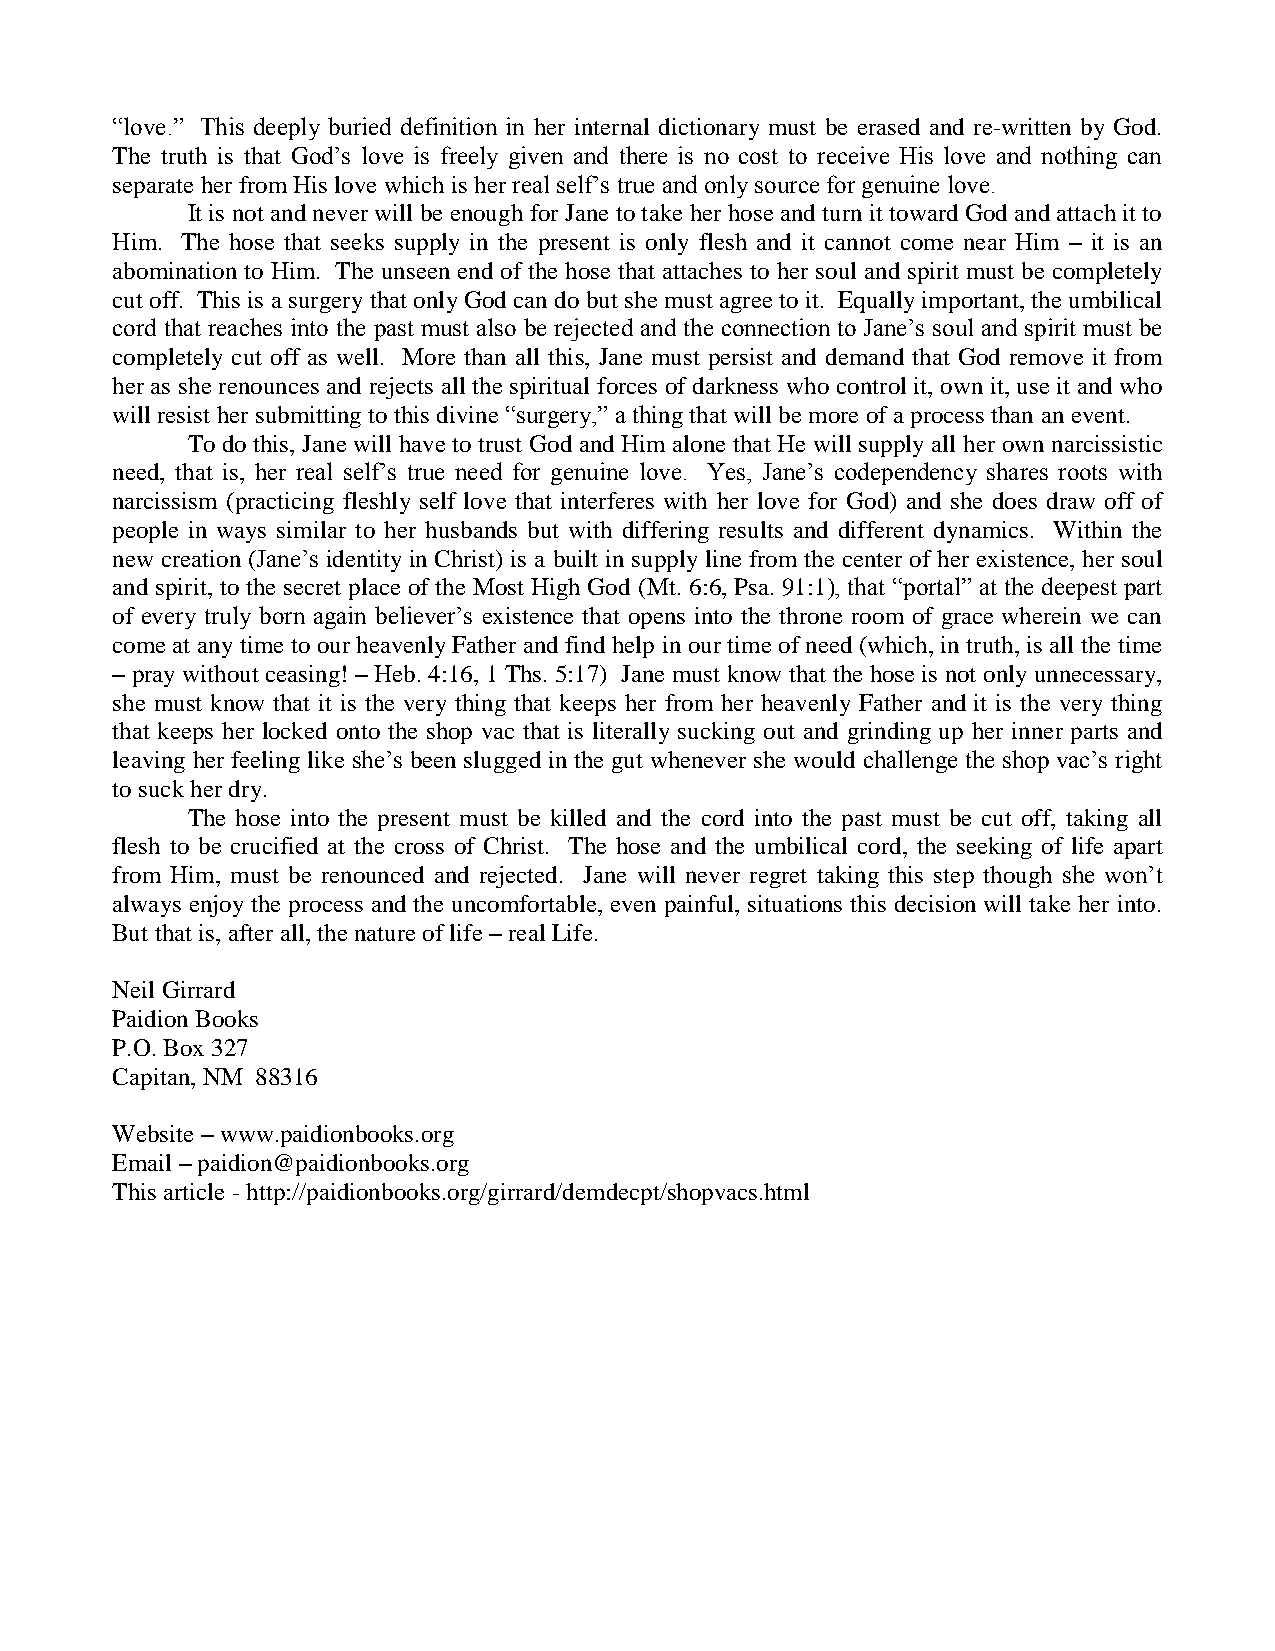
“love.” This deeply buried definition in her internal dictionary must be erased and re-written by God.
 The truth is that God’s love is freely given and there is no cost to receive His love and nothing can
 separate her from His love which is her real self’s true and only source for genuine love.
 It is not and never will be enough for Jane to take her hose and turn it toward God and attach it to
 Him. The hose that seeks supply in the present is only flesh and it cannot come near Him – it is an
 abomination to Him. The unseen end of the hose that attaches to her soul and spirit must be completely
 cut off. This is a surgery that only God can do but she must agree to it. Equally important, the umbilical
 cord that reaches into the past must also be rejected and the connection to Jane’s soul and spirit must be
 completely cut off as well. More than all this, Jane must persist and demand that God remove it from
 her as she renounces and rejects all the spiritual forces of darkness who control it, own it, use it and who
 will resist her submitting to this divine “surgery,” a thing that will be more of a process than an event.
 To do this, Jane will have to trust God and Him alone that He will supply all her own narcissistic
 need, that is, her real self’s true need for genuine love. Yes, Jane’s codependency shares roots with
 narcissism (practicing fleshly self love that interferes with her love for God) and she does draw off of
 people in ways similar to her husbands but with differing results and different dynamics. Within the
 new creation (Jane’s identity in Christ) is a built in supply line from the center of her existence, her soul
 and spirit, to the secret place of the Most High God (Mt. 6:6, Psa. 91:1), that “portal” at the deepest part
 of every truly born again believer’s existence that opens into the throne room of grace wherein we can
 come at any time to our heavenly Father and find help in our time of need (which, in truth, is all the time
 – pray without ceasing! – Heb. 4:16, 1 Ths. 5:17) Jane must know that the hose is not only unnecessary,
 she must know that it is the very thing that keeps her from her heavenly Father and it is the very thing
 that keeps her locked onto the shop vac that is literally sucking out and grinding up her inner parts and
 leaving her feeling like she’s been slugged in the gut whenever she would challenge the shop vac’s right
 to suck her dry.
 The hose into the present must be killed and the cord into the past must be cut off, taking all
 flesh to be crucified at the cross of Christ. The hose and the umbilical cord, the seeking of life apart
 from Him, must be renounced and rejected. Jane will never regret taking this step though she won’t
 always enjoy the process and the uncomfortable, even painful, situations this decision will take her into.
 But that is, after all, the nature of life – real Life.
 Neil Girrard
 Paidion Books
 P.O. Box 327
 Capitan, NM 88316
 Website – www.paidionbooks.org
 Email – paidion@paidionbooks.org
 This article - http://paidionbooks.org/girrard/demdecpt/shopvacs.html